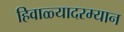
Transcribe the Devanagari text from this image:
हिवाळ्यादरम्यान